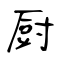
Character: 厨